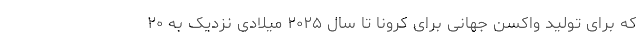
که برای تولید واکسن جهانی برای کرونا تا سال ۲۰۲۵ میلادی نزدیک به ۲۰